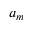
a _ { m }